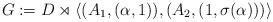
LaTeX: \begin{align*}G := D \rtimes \langle (A_1, (\alpha, 1)), (A_2, (1,\sigma (\alpha))) \rangle\end{align*}